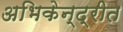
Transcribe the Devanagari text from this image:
अभिकेन्द्रीत